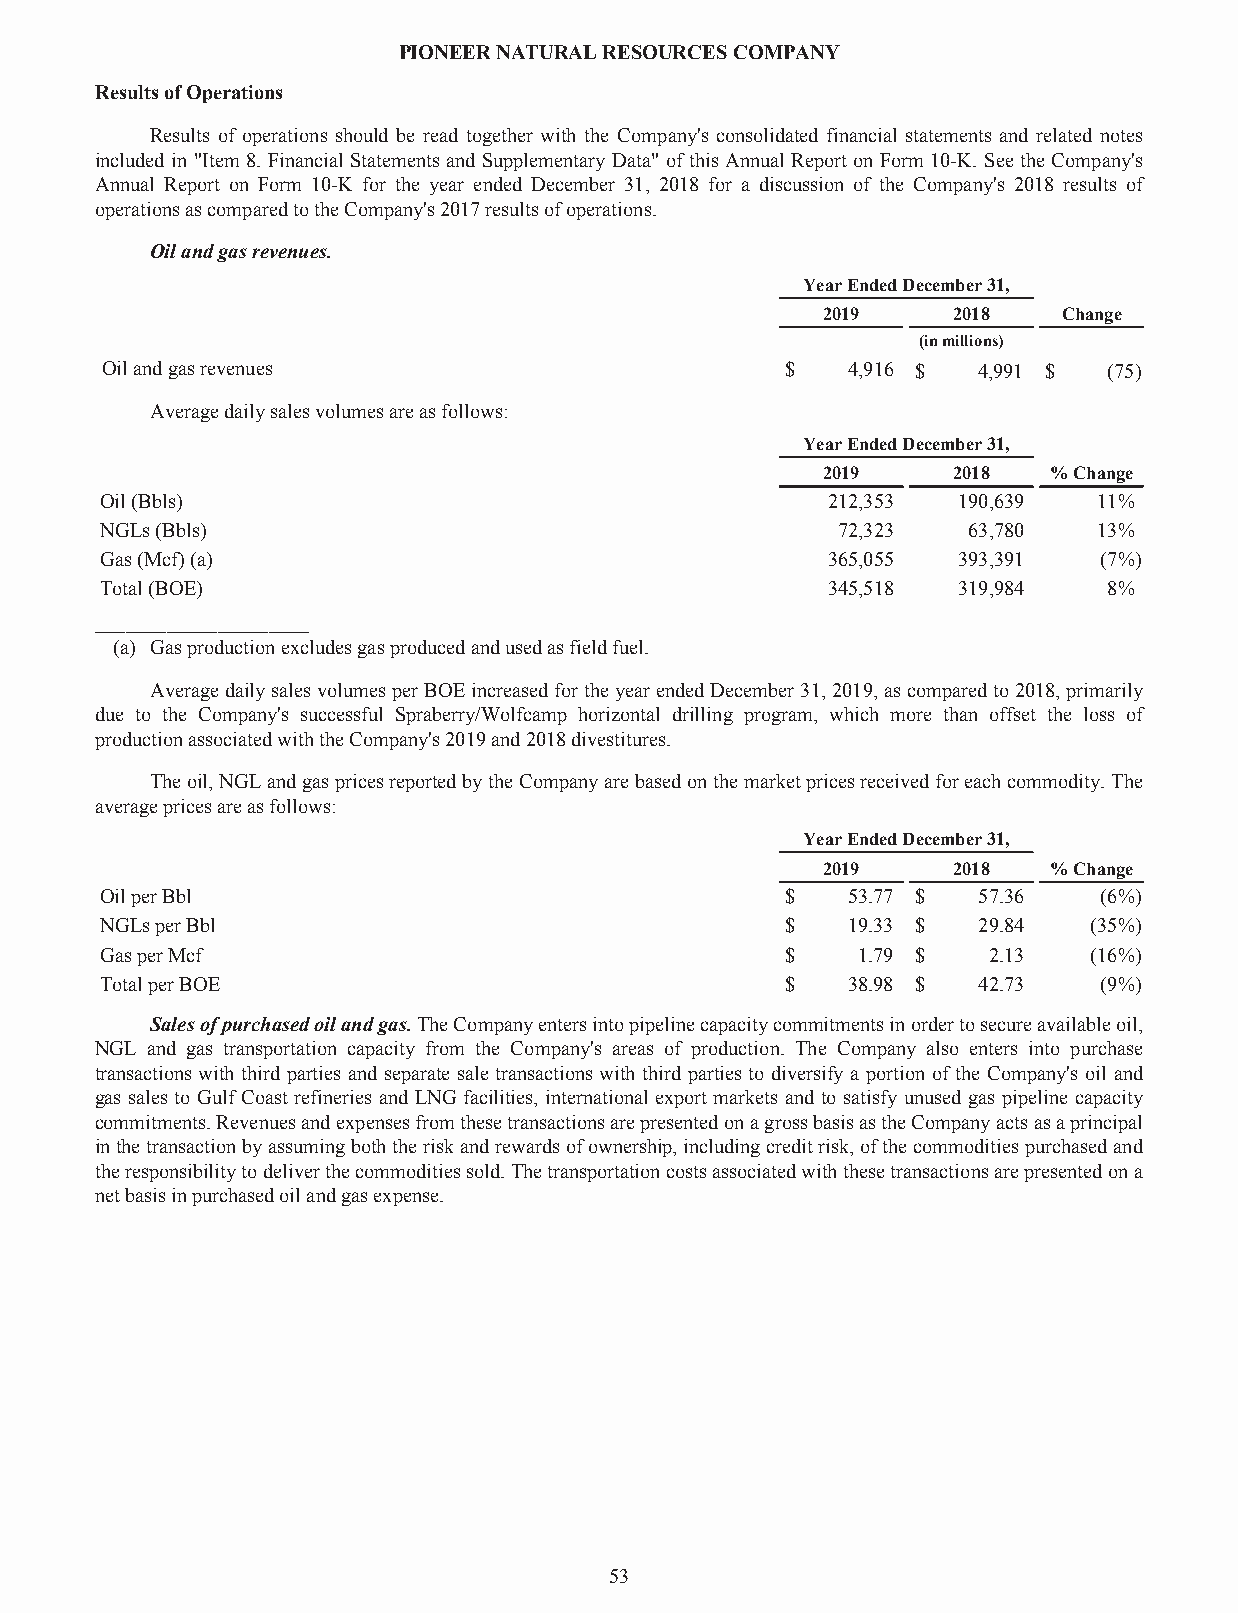
PIONEERNATURALRESOURCESCOMPANY
 ResultsofOperations
 Results of operations should be read together with the Company's consolidated financial statements and related notes
 included in "Item 8. Financial Statements and Supplementary Data" of this Annual Report on Form 10-K. See the Company's
 Annual Report on Form 10-K for the year ended December 31, 2018 for a discussion of the Company's 2018 results of
 operationsascomparedtotheCompany's2017resultsofoperations.
 Oilandgasrevenues.
 YearEndedDecember31,
 2019     2018   Change
 (inmillions)
 Oilandgasrevenues                            $   4,916 $  4,991 $ (75)
 Averagedailysalesvolumesareasfollows:
 YearEndedDecember31,
 2019     2018  %Change
 Oil(Bbls)                                       212,353 190,639   11%
 NGLs(Bbls)                                      72,323   63,780   13%
 Gas(Mcf)(a)                                     365,055 393,391   (7%)
 Total(BOE)                                      345,518 319,984   8%
 _____________________
 (a) Gasproductionexcludesgasproducedandusedasfieldfuel.
 AveragedailysalesvolumesperBOEincreasedfortheyearendedDecember31,2019,ascomparedto2018,primarily
 due to the Company's successful Spraberry/Wolfcamp horizontal drilling program, which more than offset the loss of
 productionassociatedwiththeCompany's2019and2018divestitures.
 Theoil,NGLandgaspricesreportedbytheCompanyarebasedonthemarketpricesreceivedforeachcommodity.The
 averagepricesareasfollows:
 YearEndedDecember31,
 2019     2018  %Change
 OilperBbl                                    $   53.77 $  57.36   (6%)
 NGLsperBbl                                   $   19.33 $  29.84  (35%)
 GasperMcf                                    $    1.79 $  2.13   (16%)
 TotalperBOE                                  $   38.98 $  42.73   (9%)
 Salesofpurchasedoilandgas.TheCompanyentersintopipelinecapacitycommitmentsinordertosecureavailableoil,
 NGL and gas transportation capacity from the Company's areas of production. The Company also enters into purchase
 transactions with third parties and separate sale transactions with third parties to diversify a portion of the Company's oil and
 gas sales to Gulf Coast refineries and LNG facilities, international export markets and to satisfy unused gas pipeline capacity
 commitments.RevenuesandexpensesfromthesetransactionsarepresentedonagrossbasisastheCompanyactsasaprincipal
 inthetransactionbyassumingboththeriskandrewardsofownership,includingcreditrisk,ofthecommoditiespurchasedand
 theresponsibilitytodeliverthecommoditiessold.Thetransportationcostsassociatedwiththesetransactionsarepresentedona
 netbasisinpurchasedoilandgasexpense.
 53